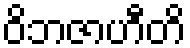
ဝိဘဇာဟီတိ